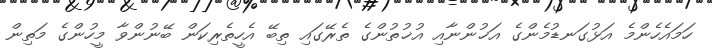
ހަމައެހެންމެ އަޅުގަނޑުމެންގެ އަޚުންނާއި އުޚުތުންގެ ތެރޭގައި ތިބޭ އެހީތެރިކަން ބޭނުންވާ މީހުންގެ މަތިން